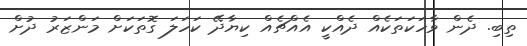
ތިބި. ދެން ވާހަކަތަކެއް ދެއްކީ އެއްޗެއް ކިޔާދޭ ކަހަލަ ގޮތަކަށް މަންޒަރު ދުށް